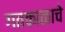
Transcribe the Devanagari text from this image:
गतकाळाचे